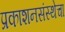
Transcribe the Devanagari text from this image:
प्रकाशनसंस्थेचा